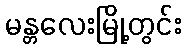
မန္တလေးမြို့တွင်း